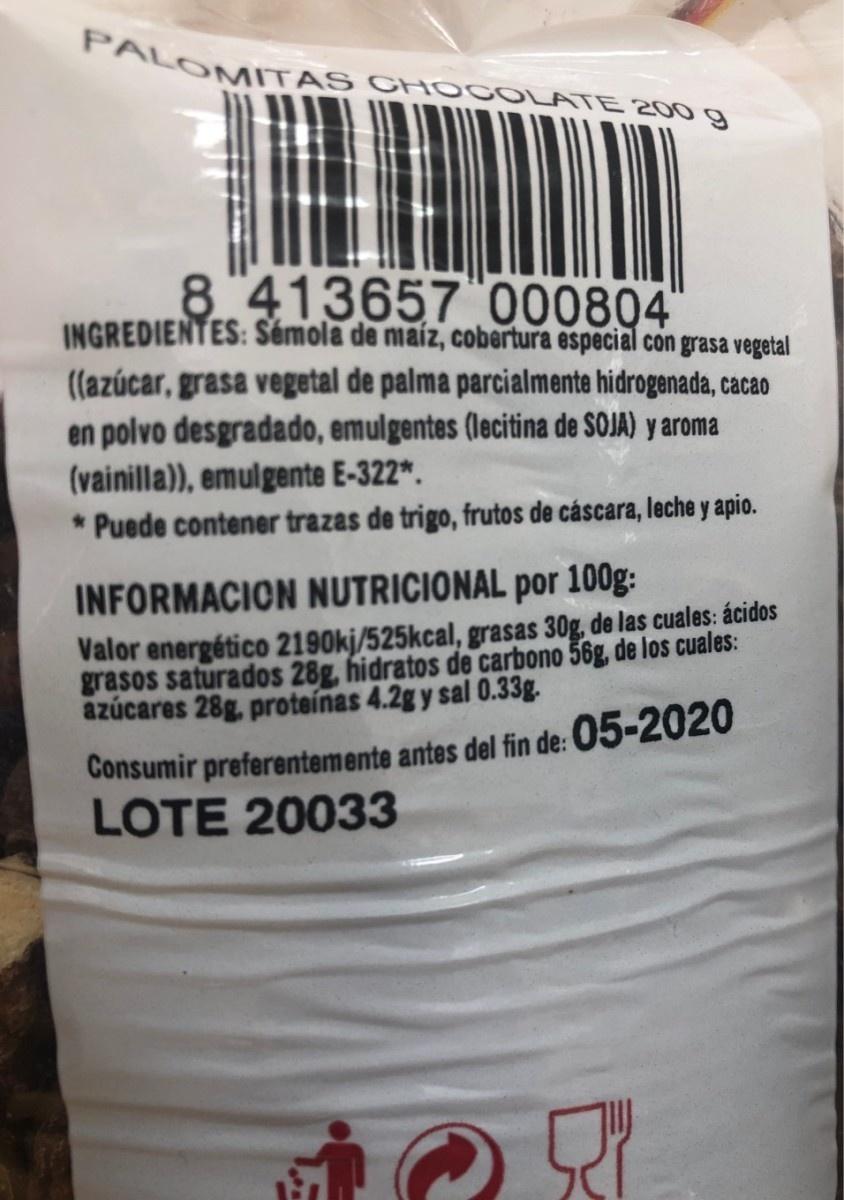
PALOMITAS C HOCOLATE 200 g 8 413657 000804 INGREDIENTES: Sémola de maíz, cobertura especial con grasa vegetal ((azúcar, grasa vegetal de palma parcialmente hidrogenada, cacao en polvo desgradado, emulgentes (lecitina de SOJA) y aroma (vainilla)), emulgente E-322*. * Puede contener trazas de trigo, frutos de cáscara, leche y apio. INFORMACION NUTRICIONAL por 100g: Valor energético 2190kj/525kcal, grasas 30g, de las cuales: ácidos grasos saturados 28g, hidratos de carbono 56g, de los cuales: azúcares 28g. proteínas 4.2g y sal 0.33g. Consumir preferentemente antes del fin de: 05-2020 LOTE 20033